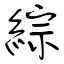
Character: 綜